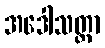
အဒေါသတ္တာ